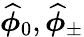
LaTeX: \widehat{\boldsymbol{\phi}}_{0},\widehat{\boldsymbol{\phi}}_{\pm}